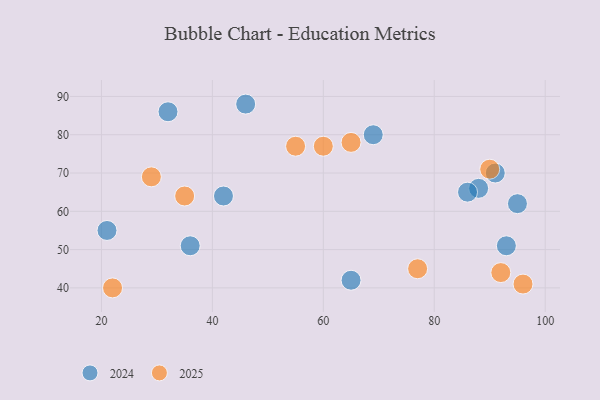
{"axis": {"x": "GDP", "y": "Life Expectancy"}, "legend": ["2024", "2025"], "data": [{"x": "65", "y": 42, "type": "2024"}, {"x": "21", "y": 55, "type": "2024"}, {"x": "36", "y": 51, "type": "2024"}, {"x": "42", "y": 64, "type": "2024"}, {"x": "95", "y": 62, "type": "2024"}, {"x": "88", "y": 66, "type": "2024"}, {"x": "32", "y": 86, "type": "2024"}, {"x": "86", "y": 65, "type": "2024"}, {"x": "93", "y": 51, "type": "2024"}, {"x": "46", "y": 88, "type": "2024"}, {"x": "91", "y": 70, "type": "2024"}, {"x": "69", "y": 80, "type": "2024"}, {"x": "35", "y": 64, "type": "2025"}, {"x": "96", "y": 41, "type": "2025"}, {"x": "65", "y": 78, "type": "2025"}, {"x": "22", "y": 40, "type": "2025"}, {"x": "60", "y": 77, "type": "2025"}, {"x": "92", "y": 44, "type": "2025"}, {"x": "29", "y": 69, "type": "2025"}, {"x": "77", "y": 45, "type": "2025"}, {"x": "55", "y": 77, "type": "2025"}, {"x": "90", "y": 71, "type": "2025"}]}